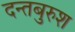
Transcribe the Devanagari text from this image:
दन्तबुरुश